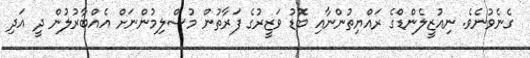
ގެނެވުނެވެ. ނިއުޒީލެންޑްގެ ރައްޔިތުންނާއި ބޮޑު ވަޒީރުގެ ފަރާތުން މުސްލިމުންނަށް އެއްބާރުލުން ދީ އަދި